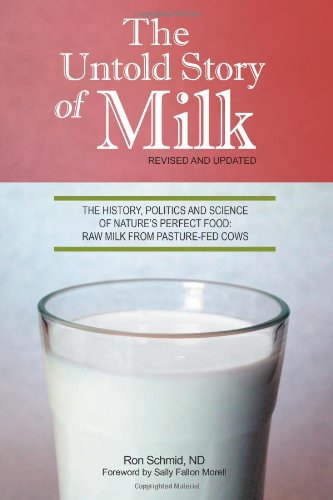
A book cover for The Untold Story of Milk, Revised and Updated: The History, Politics and Science of Nature's Perfect Food: Raw Milk from Pasture-Fed Cows; Ron Schmid; Cookbooks, Food & Wine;